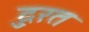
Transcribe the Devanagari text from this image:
दु्रत